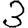
Digit: 3